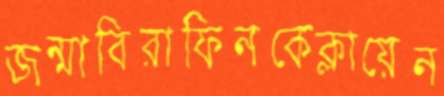
জন্মাবিরাফিনকেক্লায়েন